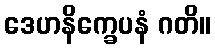
ဒေဟနိက္ခေပနံ ဂတိ။